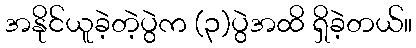
အနိုင်ယူခဲ့တဲ့ပွဲက (၃)ပွဲအထိ ရှိခဲ့တယ်။